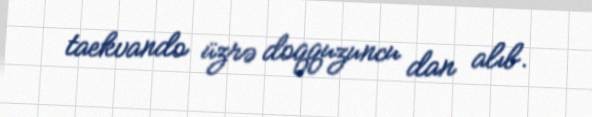
taekvando üzrə doqquzuncu dan alıb.